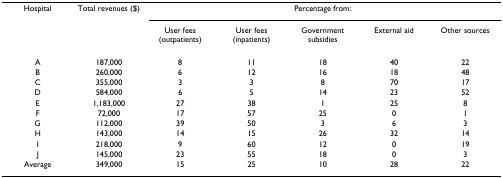
| Hospital | Total revenues ($) | <COLSPAN=5> Percentage from: |
 |  |  | User fees (outpatients) | User fees (inpatients) | Government subsidies | External aid | Other sources |
 | --- | --- | --- | --- | --- | --- | --- |
 | A | 187,000 | 8 | 11 | 18 | 40 | 22 |
 | B | 260,000 | 6 | 12 | 16 | 18 | 48 |
 | C | 355,000 | 3 | 3 | 8 | 70 | 17 |
 | D | 584,000 | 6 | 5 | 14 | 23 | 52 |
 | E | 1,183,000 | 27 | 38 | 1 | 25 | 8 |
 | F | 72,000 | 17 | 57 | 25 | 0 | 1 |
 | G | 112,000 | 39 | 50 | 3 | 6 | 3 |
 | H | 143,000 | 14 | 15 | 26 | 32 | 14 |
 | I | 218,000 | 9 | 60 | 12 | 0 | 19 |
 | J | 145,000 | 23 | 55 | 18 | 0 | 3 |
 | Average | 349,000 | 15 | 25 | 10 | 28 | 22 |